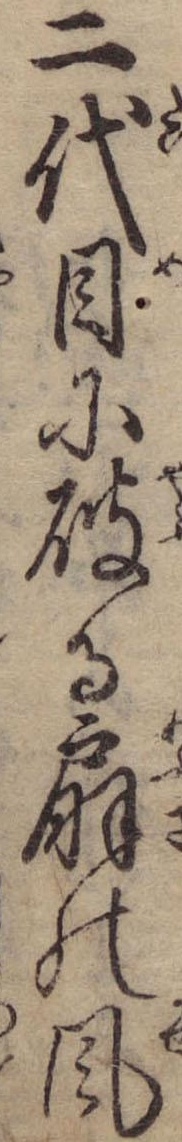
二代目に破る扇の風